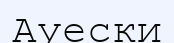
Ауески